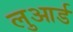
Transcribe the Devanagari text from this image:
लुआर्ड